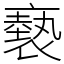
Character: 褻